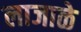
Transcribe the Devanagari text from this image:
लाजाळे